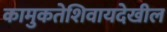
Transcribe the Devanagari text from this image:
कामुकतेशिवायदेखील